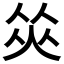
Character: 𠉭